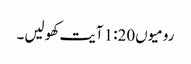
رومیوں1:20 آیت کھولیں۔